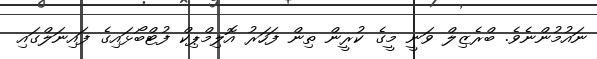
ނައުމުންނެވެ. ބްރެޒިލް ވަނީ މީގެ ކުރީން ތިން ފަހަރު އޮލިމްޕިކް ފުޓްބޯޅައިގެ ފައިނަލްގައި